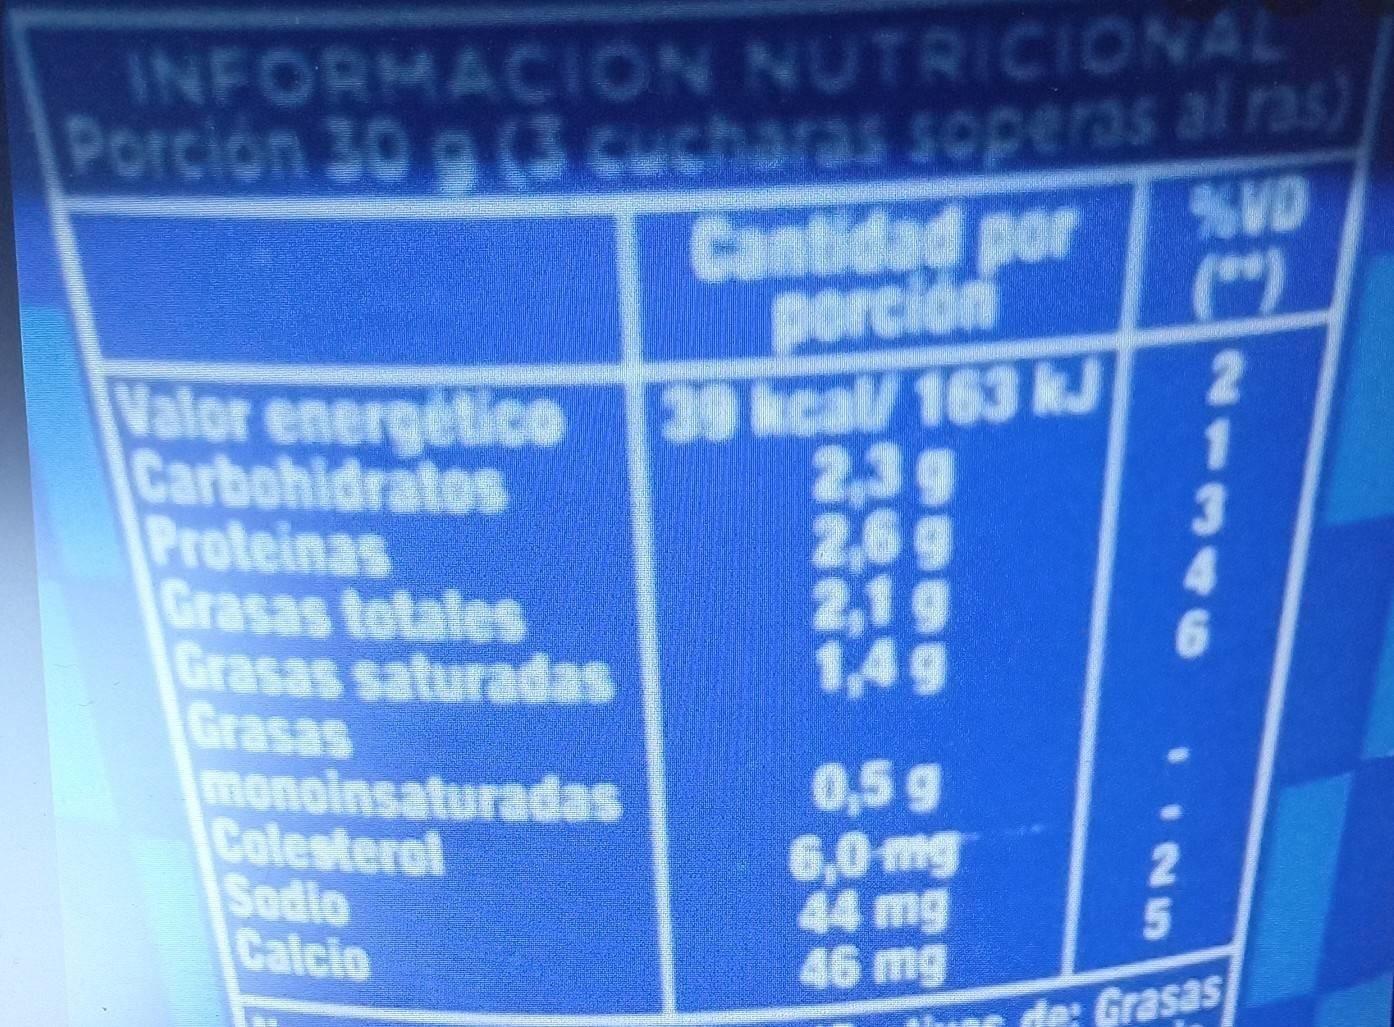
INFORMACION NUTRICIONAL Porción 30 g (3 cucharas soperas al ras)
%VD (**)
Cantidad por porción 39 kcal/ 163 kJ
2
Valor energético Carbohidratos Proteinas Grasas totales
2,3 g
2,6 g
2,1 g
1,49
0,5 g
6,0 mg
44 mg
46 mg
Grasas saturadas
Grasas
monoinsaturadas
Colesterol
Sodio
Calcio
IN5
1
de: Grasas